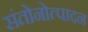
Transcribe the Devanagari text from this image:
संतोनोत्पादन